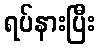
ရပ်နားပြီး